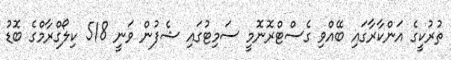
ތުރުކީގެ އަންކާރާގައި ބޭއްވި ގެސްޓްރޮނޮމީ ސަމިޓުގައި ޝެފުން ވަނީ 518 ކިލޯގްރާމްގެ ބޮޑު